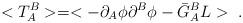
LaTeX: \begin{align*}<T_A^B> = <-\partial_A \phi \partial^B \phi - \bar{G}_A^B L>\ .\end{align*}